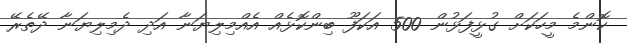
ކޮންމެ މީހަކަށް ގުޅީފަޅުން 500 އަކަފޫ ބިންކޮޅެއް އެއްމިލިޔަނާ އަދި ދެމިލިޔަނާ ދޭތެރޭ